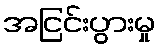
အငြင်းပွားမှု